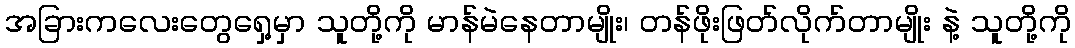
အခြားကလေးတွေရှေ့မှာ သူတို့ကို မာန်မဲနေတာမျိုး၊ တန်ဖိုးဖြတ်လိုက်တာမျိုး နဲ့ သူတို့ကို